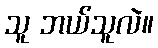
သူ ဘယ်သူလဲ။